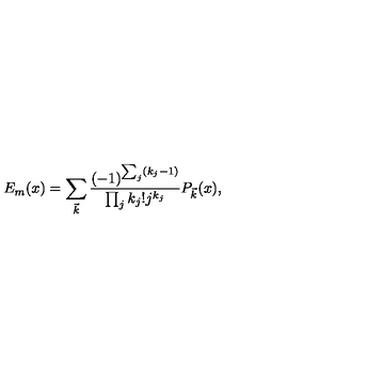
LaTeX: E _ { m } ( x ) = \sum _ { \vec { k } } { \frac { ( - 1 ) ^ { \sum _ { j } ( k _ { j } - 1 ) } } { \prod _ { j } k _ { j } ! j ^ { k _ { j } } } } P _ { \vec { k } } ( x ) ,